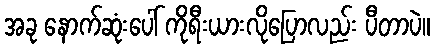
အခု နောက်ဆုံးပေါ် ကိုရီးယားလိုပြောလည်း ပီတာပဲ။